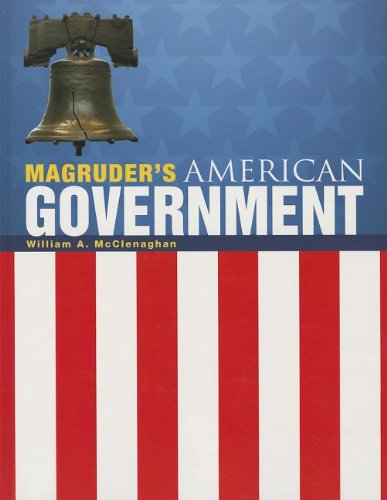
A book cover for MAGRUDER'S AMERICAN GOVERNMENT 2013 ENGLISH STUDENT EDITION GRADE 12; PRENTICE HALL; Teen & Young Adult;